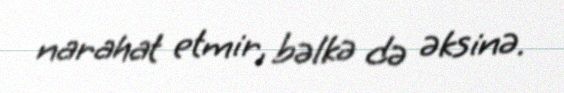
narahat etmir, bəlkə də əksinə.